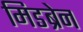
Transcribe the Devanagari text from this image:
मिडब्रेन